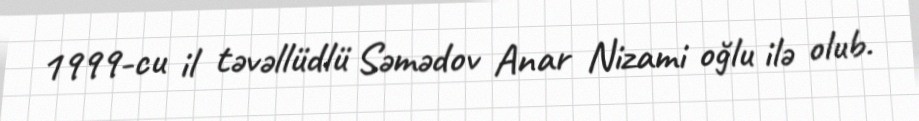
1999-cu il təvəllüdlü Səmədov Anar Nizami oğlu ilə olub.